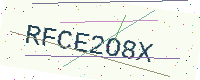
Text: RFCE2O8X